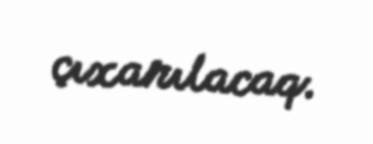
çıxarılacaq.